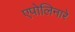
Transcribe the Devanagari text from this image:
एपोलिनारे